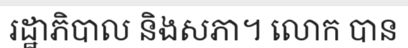
រដ្ឋាភិបាល និងសភា។ លោក បាន